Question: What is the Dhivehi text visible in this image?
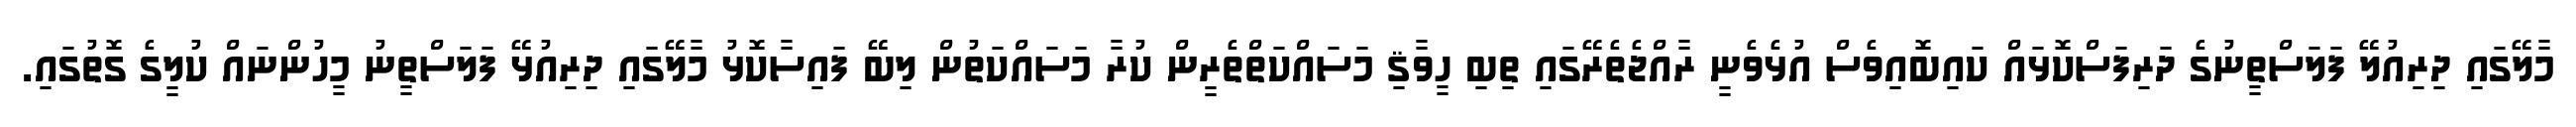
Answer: މާލޭގައި ދިރިއުލޭ ފަލަސްތީނުގެ ދަރިފަސްކޮޅައް ކައިބޮއިވެސް އުޅެވެނީ ރާއްޖެތެރޭގައި ތިބި ހީވާޤި މަސައްކަތްތެރީން ކުރާ މަސައްކަތުން ލިބޭ ފައިސާކޮޅު މާލޭގައި ދިރިއުޅޭ ފަލަސްތީނު މީހުންނައް ކުލީގެ ގޮތުގައި.